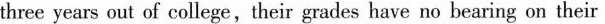
three years out of college,their grades have no bearing on their